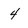
Character: 4